Lunatic asylums in Bengal annual reports 1899-1911 - 1899-1911
Year: 1899
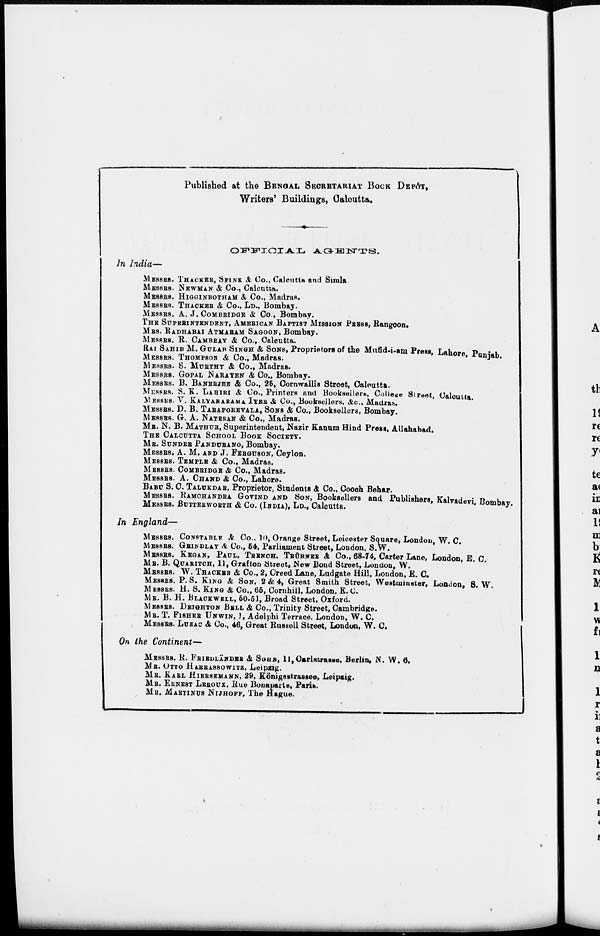
Published at the BENGAL SECRETARIAT BOOK DEPÔT,
Writers' Buildings, Calcutta,
OFFICIAL
AGENTS.
In IndiA—
MESSRS. THACKER, SPINK & Co., Calcutta and Simla
MESSRS. NEWMAN & Co., Calcutta.
MESSRS. HIGGINBOTHAM & Co., Madras.
MESSRS. THACKER & Co., LD., Bombay.
MESSRS. A. J. COMBRIDGE & Co., Bombay.
THE SUPERINTENDENT, AMERICAN BAPTIST MISSION PRESS, Rangoon.
MRS. RADHABAI ATMARAM SAGOON, Bombay.
MESSRS. R. CAMBRAY & Co., Calcutta.
RAI SAHIB M. GULAB SINGH & SONS, Proprietors of the Mufid-i-am Press, Lahore, Punjab.
MESSRS. THOMPSON & Co., Madras.
MESSRS. S. MURTHY & Co., Madras.
MESSRS. GOPAL NARAYEN & Co., Bombay.
MESSRS. B. BANERJEE & Co., 25, Cornwallis Street, Calcutta.
MESSRS. S. K. LAHIRI & Co., Printers and Booksellers, College Street, Calcutta.
MESSRS. V. KALYANARAMA IYER & Co., Booksellers, &c., Madras.
MESSRS. D. B. TARAPOREVALA, SONS & Co., Booksellers, Bombay.
MESSRS. G. A. NATESAN & Co., Madras.
MR. N. B. MATHUR, Superintendent, Nazir Kanum Hind Press, Allahabad.
THE CALCUTTA SCHOOL BOOK SOCIETY.
MR. SUNDER PANDURANG, Bombay.
MESSRS. A. M. AND J. FERGUSON, Ceylon.
MESSRS. TEMPLE & Co., Madras.
MESSRS. COMBRIDGE & Co., Madras.
MESSRS. A. CHAND & Co., Lahore.
BABU S. C. TALUKDAR, Proprietor, Students & Co., Coooh Behar.
MESSRS. RAMCHANDRA GOVIND AND SON, Booksellers and Publishers, Kalvadevi Bombay
MESSRS. BUTTERWORTH & Co. (INDIA), LD., Calcutta.
In England—
MESSRS. CONSTABLE &. Co.. 10, Orange Street, Leicester Square, London, W. C.
MESSRS. GRINDLAY & Co., 54, Parliament Street, London, S.W.
MESSRS. KEGAN, PAUL, TRENCH. TRÜBNER & Co., 68-74, Carter Lane, London, E. C.
MR. B. QUARITCH, 11, Grafton Street, New Bond Street, London, W.
MESSRS. W. THACKER & Co., 2, Creed Lane, Ludgate Hill, London, E. C.
MESSRS. P. S. KING & SON, 2 & 4, Great Smith Street, Westminster, London, S. W.
MESSRS. H. S. KING & Co., 65, Cornhill, London, E. C.
MR. B. H. .BLACKWELL, 50-51, Broad Street, Oxford.
MESSRS. DEIGHTON BELL & Co., Trinity Street, Cambridge.
MR. T. FISHER UNWIN, 1, Adelphi Terrace, London, W. C.
MESSRS. LUZAC & Co., 46, Great Russell Street, London, W. C.
On the
Continent—
MESSRS. K. FRIEDLÄNDER & SOHN, 11,Carlstrasse, Berlin, N. W. 6.
MR. OTTO HARRASSOWITZ, Leipzig.
MR. KARL HIERSEMANN, 29, Königsstrassee, Leipzig.
MR. ERNEST LEROUX, Rue Bonaparte, Paris.
MR. MARTINUS NIJHOFF, The Hague.